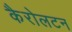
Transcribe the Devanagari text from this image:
कैरोलटन